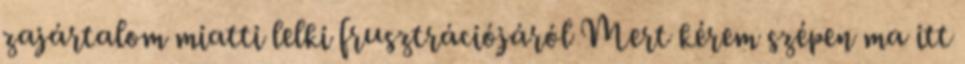
zajártalom miatti lelki frusztrációjáról Mert kérem szépen ma itt